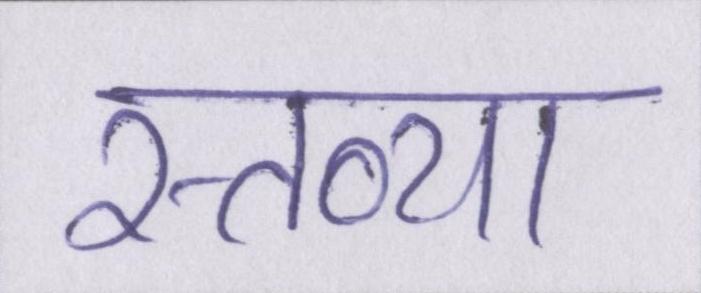
स्तव्या